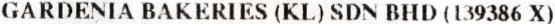
GARDENIA BAKERIES (KL) SDN BHD (139386 X)